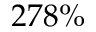
2 7 8 \%